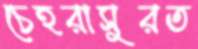
চেহরাসুরত